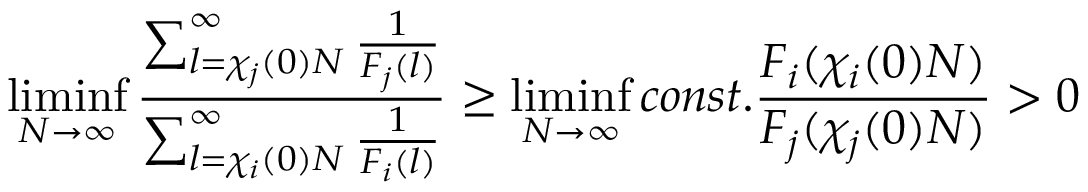
\operatorname* { l i m i n f } _ { N \to \infty } \frac { \sum _ { l = \chi _ { j } ( 0 ) N } ^ { \infty } \frac { 1 } { F _ { j } ( l ) } } { \sum _ { l = \chi _ { i } ( 0 ) N } ^ { \infty } \frac { 1 } { F _ { i } ( l ) } } \ge \operatorname* { l i m i n f } _ { N \to \infty } c o n s t . \frac { F _ { i } ( \chi _ { i } ( 0 ) N ) } { F _ { j } ( \chi _ { j } ( 0 ) N ) } > 0